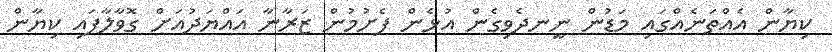
ކިޔާން އެއްތަނެއްގައި މަޑުން ނީނދެވިގެން އުޅެން ފެށުމުން ޒަރާނާ އައްޔަދުއަށް ގޮވާލާފައި ކިޔާން